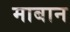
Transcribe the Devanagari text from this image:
माबान